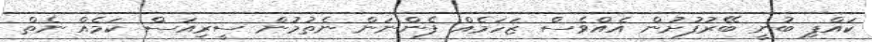
ކައްޕި ބުނީ ބޭރުފުށުން އެއްވެސް ޒަހަމެއް ފެންނަން ނެތުމުން ސީރިއަސް ކަމެއް ނެތް